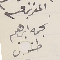
المقر بما فيه نجمه ابرهيم طنوس